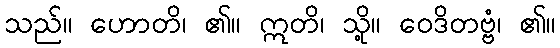
သည်။ ဟောတိ၊ ၏။ ဣတိ၊ သို့။ ဝေဒိတဗ္ဗံ၊ ၏။